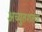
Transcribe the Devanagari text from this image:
अच्युतशतक